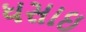
ધસાઇ